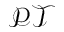
\mathcal { P T }